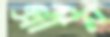
গ্রীন